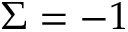
\Sigma = - 1